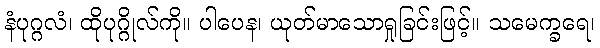
နံပုဂ္ဂလံ၊ ထိုပုဂ္ဂိုလ်ကို။ ပါပေန၊ ယုတ်မာသောရှုခြင်းဖြင့်။ သမေက္ခရေ၊